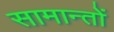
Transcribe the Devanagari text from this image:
सामान्तों